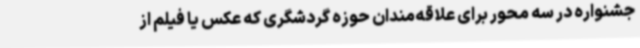
جشنواره در سه محور برای علاقه‌مندان حوزه گردشگری که عکس یا فیلم از